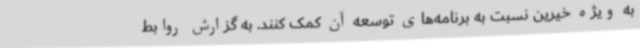
به ویژه خیرین نسبت به برنامه‌های توسعه آن کمک کنند. به گزارش روابط